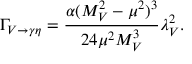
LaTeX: \Gamma _ { V \rightarrow \gamma \eta } = \frac { \alpha ( M _ { V } ^ { 2 } - \mu ^ { 2 } ) ^ { 3 } } { 2 4 \mu ^ { 2 } M _ { V } ^ { 3 } } \lambda _ { V } ^ { 2 } .